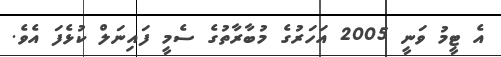
އެ ޓީމު ވަނީ 2005 އަހަރުގެ މުބާރާތުގެ ސެމީ ފައިނަލް ކުޅެފަ އެވެ.